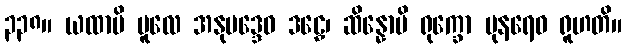
၃၃၈။ ယထာပိ မူလေ အနုပဒ္ဒေဝ ဒဠှေ၊ ဆိန္နောပိ ရုက္ခော ပုနရေဝ ရူဟတိ။